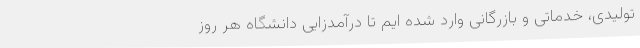
تولیدی، خدماتی و بازرگانی وارد شده ایم تا درآمدزایی دانشگاه هر روز